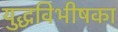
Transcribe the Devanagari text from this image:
युद्धविभीषका